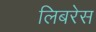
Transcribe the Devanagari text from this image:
लिबरेस